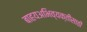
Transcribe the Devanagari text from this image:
बाहयअभिव्यक्‍तीसाठी